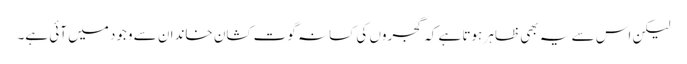
لیکن اس سے یہ بھی ظاہر ہوتا ہے کہ گجروں کی کسانہ گوت کشان خاندان سے وجود میں آئی ہے۔